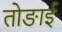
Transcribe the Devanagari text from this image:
तोङाई